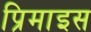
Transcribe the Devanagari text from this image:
प्रिमाइस